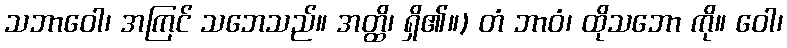
သဘာဝေါ၊ အကြင် သဘေသည်။ အတ္ထိ၊ ရှိ၏။) တံ ဘာဝံ၊ ထိုသဘော ကို။ ဝေါ၊